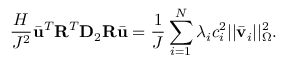
\frac { H } { J ^ { 2 } } \bar { \mathbf { u } } ^ { T } \mathbf { R } ^ { T } \mathbf { D } _ { 2 } \mathbf { R } \bar { \mathbf { u } } = \frac { 1 } { J } \sum _ { i = 1 } ^ { N } \lambda _ { i } c _ { i } ^ { 2 } | | \bar { \mathbf { v } } _ { i } | | _ { \Omega } ^ { 2 } .